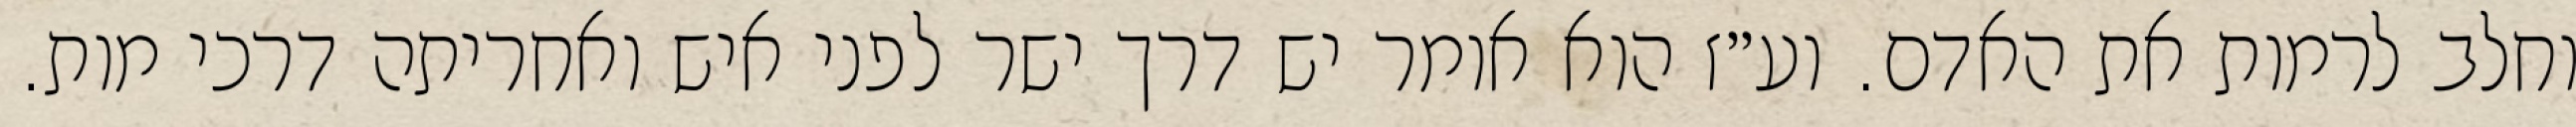
וחלב לרמות את האדם. וע״ז הוא אומר יש דרך ישר לפני איש ואחריתה דרכי מות.